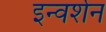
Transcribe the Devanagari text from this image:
इन्वर्शन